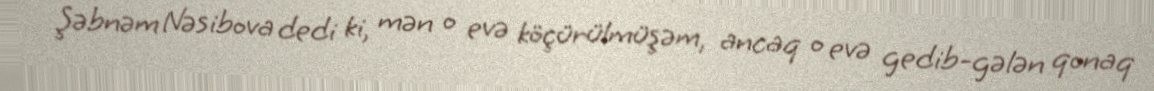
Şəbnəm Nəsibova dedi ki, mən o evə köçürülmüşəm, ancaq o evə gedib-gələn qonaq